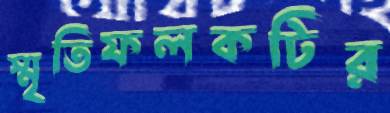
স্মৃতিফলকটির